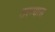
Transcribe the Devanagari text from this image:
ठरण्यास